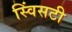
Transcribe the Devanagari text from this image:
स्विंसटी